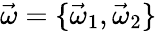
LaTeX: \vec{\omega}=\{ \vec{\omega}_{1},\vec{\omega}_{2}\}